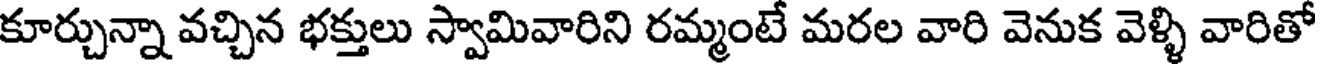
కూర్చున్నా వచ్చిన భక్తులు స్వామివారిని రమ్మంటే మరల వారి వెనుక వెళ్ళి వారితో